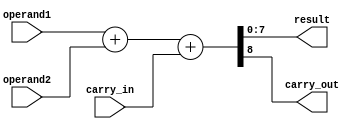
`timescale 1ns / 1ps

module Adder8 (
    input [7:0] operand1,
    input [7:0] operand2,
    input carry_in,
    output [7:0] result,
    output carry_out
);
  assign {carry_out, result} = operand1 + operand2 + carry_in;
endmodule